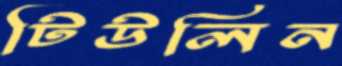
টিউলিন